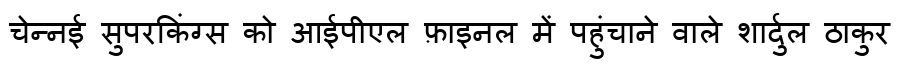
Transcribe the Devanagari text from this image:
चेन्नई सुपरकिंग्स को आईपीएल फ़ाइनल में पहुंचाने वाले शार्दुल ठाकुर